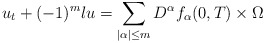
\begin{align*}u_t+(-1)^m \l u=\sum_{|\alpha|\le m}D^\alpha f_\alpha (0,T)\times \Omega\end{align*}